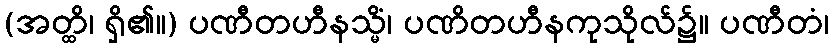
(အတ္ထိ၊ ရှိ၏။) ပဏီတဟီနသ္မိံ၊ ပဏိတဟီနကုသိုလ်၌။ ပဏီတံ၊